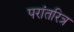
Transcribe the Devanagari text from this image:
परांतरित्र